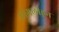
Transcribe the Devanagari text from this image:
सांगलीहून